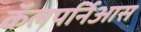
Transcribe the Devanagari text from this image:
कॅलपर्निआस